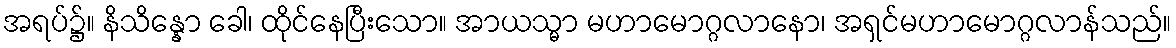
အရပ်၌။ နိသိန္နော ခေါ၊ ထိုင်နေပြီးသော။ အာယသ္မာ မဟာမောဂ္ဂလာနော၊ အရှင်မဟာမောဂ္ဂလာန်သည်။